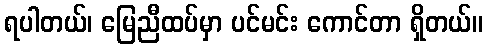
ရပါတယ်၊ မြေညီထပ်မှာ ပင်မင်း ကောင်တာ ရှိတယ်။